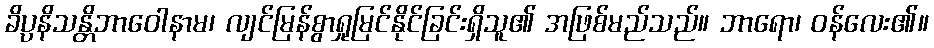
ခိပ္ပနိသန္တိဘာဝေါနာမ၊ လျင်မြန်စွာရှုမြင်နိုင်ခြင်းရှိသူ၏ အဖြစ်မည်သည်။ ဘာရော၊ ဝန်လေး၏။